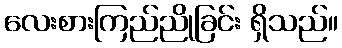
လေးစားကြည်ညိုခြင်း ရှိသည်။